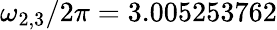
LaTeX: \omega_{2,3}/2\pi=3.005253762